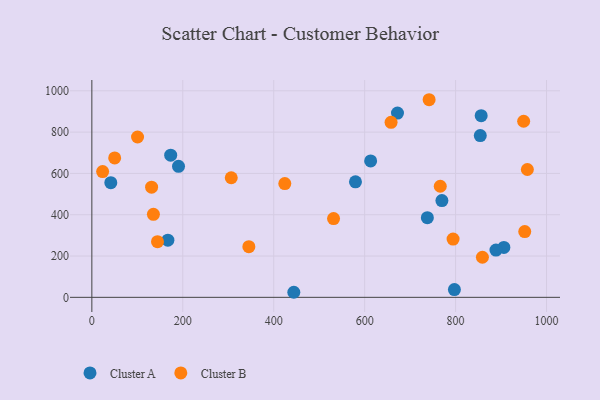
{"axis": {"x": "Price", "y": "Profit"}, "legend": ["Cluster A", "Cluster B"], "data": [{"x": "856.3", "y": 879.4, "type": "Cluster A"}, {"x": "579.8", "y": 559.5, "type": "Cluster A"}, {"x": "797.4", "y": 37.7, "type": "Cluster A"}, {"x": "854.3", "y": 783.3, "type": "Cluster A"}, {"x": "173.4", "y": 688.4, "type": "Cluster A"}, {"x": "769.9", "y": 468.5, "type": "Cluster A"}, {"x": "906.2", "y": 241.6, "type": "Cluster A"}, {"x": "613.2", "y": 660.6, "type": "Cluster A"}, {"x": "888.8", "y": 228.7, "type": "Cluster A"}, {"x": "737.9", "y": 385.8, "type": "Cluster A"}, {"x": "167.2", "y": 276.7, "type": "Cluster A"}, {"x": "672.2", "y": 892.2, "type": "Cluster A"}, {"x": "190.6", "y": 634.1, "type": "Cluster A"}, {"x": "444.2", "y": 24.5, "type": "Cluster A"}, {"x": "41.7", "y": 555.2, "type": "Cluster A"}, {"x": "100.5", "y": 776.4, "type": "Cluster B"}, {"x": "144.4", "y": 269.4, "type": "Cluster B"}, {"x": "859.0", "y": 194.1, "type": "Cluster B"}, {"x": "50.2", "y": 675.2, "type": "Cluster B"}, {"x": "794.5", "y": 282.0, "type": "Cluster B"}, {"x": "741.8", "y": 956.8, "type": "Cluster B"}, {"x": "949.7", "y": 852.7, "type": "Cluster B"}, {"x": "658.1", "y": 847.6, "type": "Cluster B"}, {"x": "957.9", "y": 618.9, "type": "Cluster B"}, {"x": "306.6", "y": 578.9, "type": "Cluster B"}, {"x": "424.4", "y": 550.9, "type": "Cluster B"}, {"x": "531.6", "y": 381.2, "type": "Cluster B"}, {"x": "135.4", "y": 401.8, "type": "Cluster B"}, {"x": "23.7", "y": 608.9, "type": "Cluster B"}, {"x": "345.3", "y": 245.3, "type": "Cluster B"}, {"x": "952.1", "y": 318.2, "type": "Cluster B"}, {"x": "766.3", "y": 537.9, "type": "Cluster B"}, {"x": "131.4", "y": 533.3, "type": "Cluster B"}]}